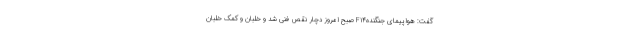
گفت: هواپیمای جنگندهF۱۴ صبح امروز دچار نقص فنی شد و خلبان و کمک خلبان